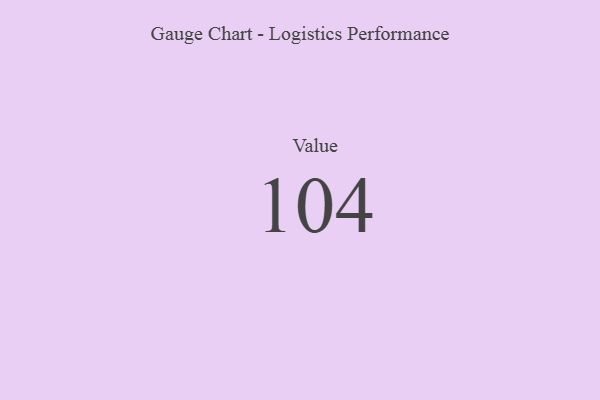
{"axis": {"x": "Metric", "y": "Value"}, "legend": [""], "data": [{"x": "Value", "y": 104, "type": ""}]}